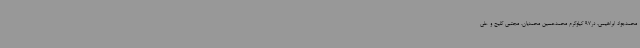
محمدجواد ابراهیمی، در97 کیلوگرم محمدحسین محمدیان، مجتبی گلیج و علی